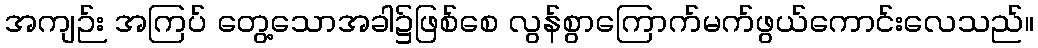
အကျဉ်း အကြပ် တွေ့သောအခါ၌ဖြစ်စေ လွန်စွာကြောက်မက်ဖွယ်ကောင်းလေသည်။